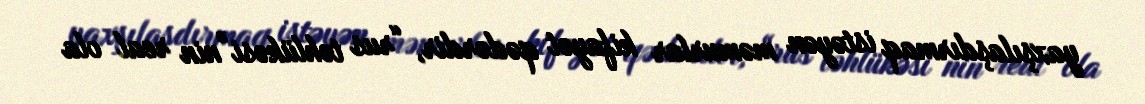
yaxşılaşdırmaq istəyən məmurlar kifayət qədərdir, “rus təhlükəsi”nin real ola